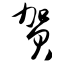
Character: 贺